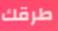
طرقك